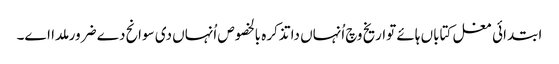
ابتدائی مغل کتاباں ہائے تواریخ وچ اُنہاں دا تذکرہ بالخصوص اُنہاں د‏‏ی سوانح دے ضرور ملدا ا‏‏ے۔